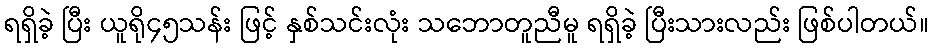
ရရှိခဲ့ ပြီး ယူရို၄၅သန်း ဖြင့် နှစ်သင်းလုံး သဘောတူညီမူ ရရှိခဲ့ ပြီးသားလည်း ဖြစ်ပါတယ်။